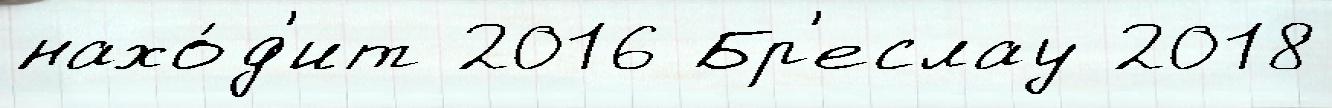
нахо́д'ит 2016 Бр'еслау 2018